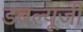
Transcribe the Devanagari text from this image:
डबल्यूजी